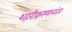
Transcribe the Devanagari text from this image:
शहरीकरणानंतर